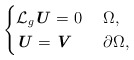
\begin{align*} \begin{cases} \mathcal{L}_g \textbf{\textit{U}} = 0 & \ \Omega, \\ \textbf{\textit{U}} = \textbf{\textit{V}} & \ \partial \Omega, \end{cases}\end{align*}